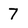
Character: 7